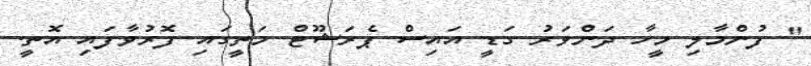
" ފުންމާލި މީހާ ދަންވަރު ގަޑީ އައިސް ޕެރަޝޫޓް މަތީގައި ފޮރުވާފައި އޮތީ.